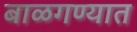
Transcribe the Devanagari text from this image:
बाळगण्यात